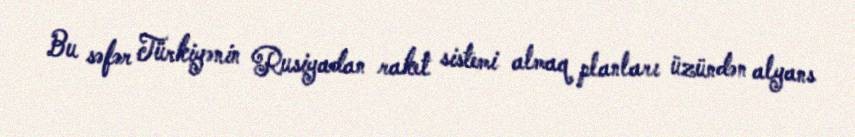
Bu səfər Türkiyənin Rusiyadan raket sistemi almaq planları üzündən alyans